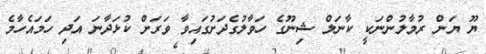
ޔޫ ޔަން ރުމާލުންނަކީ ކާނަލް ޝިނޫގެ ހަވާލުގެދަށުގައިވާ ވަރަށް ކުޅަދާނަ އަދި ހަމައެހާމެ